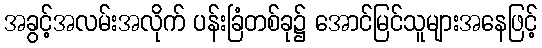
အခွင့်အလမ်းအလိုက် ပန်းခြံတစ်ခု၌ အောင်မြင်သူများအနေဖြင့်